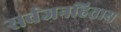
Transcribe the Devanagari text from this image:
सर्वजनहिताय